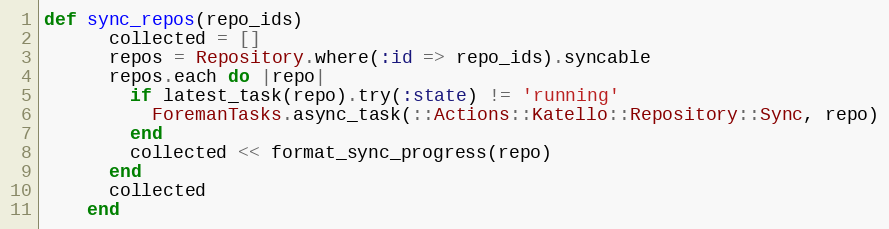
Language: Ruby
def sync_repos(repo_ids)
      collected = []
      repos = Repository.where(:id => repo_ids).syncable
      repos.each do |repo|
        if latest_task(repo).try(:state) != 'running'
          ForemanTasks.async_task(::Actions::Katello::Repository::Sync, repo)
        end
        collected << format_sync_progress(repo)
      end
      collected
    end